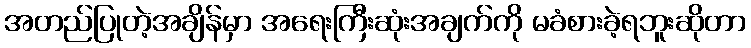
အတည်ပြုတဲ့အချိန်မှာ အရေးကြီးဆုံးအချက်ကို မခံစားခဲ့ရဘူးဆိုတာ